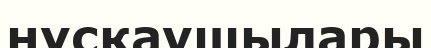
нұсқаушылары